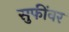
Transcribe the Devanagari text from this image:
सुफींवर